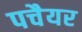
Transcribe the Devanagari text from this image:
पचैयर